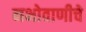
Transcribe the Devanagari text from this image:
नभोवाणीचे